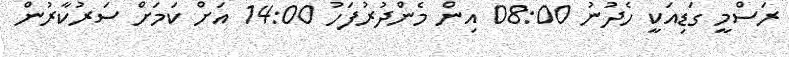
ރަސްމީ ގަޑިއަކީ ހެދުނު 08:00 އިން މެންދުރުފަހު 14:00 އަށް ކަމަށް ސަރުކާރުން